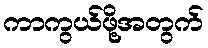
ကာကွယ်ဖို့အတွက်